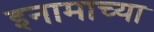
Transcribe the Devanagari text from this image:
इनामाच्या